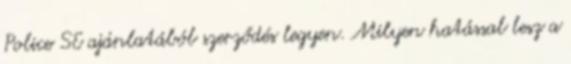
Police SE ajánlatából szerződés legyen. Milyen hatással lesz a